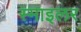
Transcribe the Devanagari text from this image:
स्माइलर